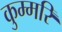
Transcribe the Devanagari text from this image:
कुम्मरि